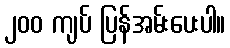
၂၀၀ ကျပ် ပြန်အမ်းပေးပါ။